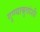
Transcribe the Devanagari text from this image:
गुण्याबुवांशी